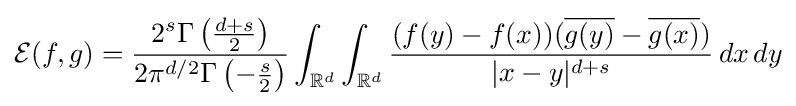
{\mathcal {E}}(f,g)={\frac {2^{s}\Gamma \left({\frac {d+s}{2}}\right)}{2\pi ^{d/2}\Gamma \left(-{\frac {s}{2}}\right)}}\int _{\mathbb {R} ^{d}}\int _{\mathbb {R} ^{d}}{\frac {(f(y)-f(x))({\overline {g(y)}}-{\overline {g(x)}})}{|x-y|^{d+s}}}\,dx\,dy